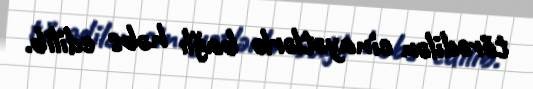
törədilən cinayətlərlə bağlı həbs edilib.